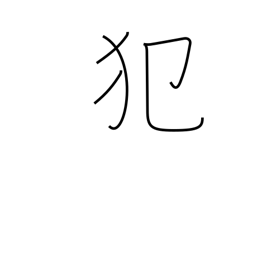
Meaning: sin